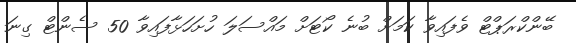
ބޭންކްރަޕްޓް ވެފައިވާ ކަމަށް ބުނެ ކޯޓަށް މައްސަލަ ހުށަހަޅާފައިވާ 50 ސެންޓް ގިނަ